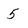
Character: 5